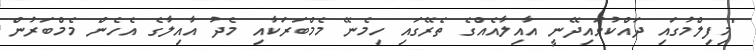
"މިފިލްމުގައި ދައްކުވައިދޭނީ އާއިލާއެއްގެ ތެރޭގައި ހިމެނޭ މެމްބަރަކާއި މެދު އާއިލާގެ އެހެން މެމްބަރުން